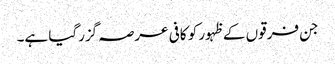
جن فرقوں کے ظہور کو کافی عرصہ گزرگیا ہے۔